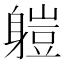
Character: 䠽